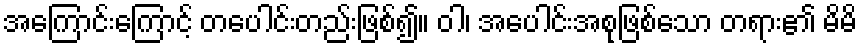
အကြောင်းကြောင့် တပေါင်းတည်းဖြစ်၍။ ဝါ၊ အပေါင်းအစုဖြစ်သော တရား၏ မိမိ